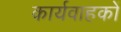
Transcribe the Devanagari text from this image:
कार्यवाहकों